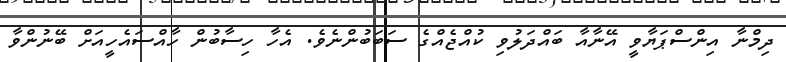
ދިމްނާ އިންސްޕަޔާވީ އޭނާއާ ބައްދަލުވި ކުއްޖެއްގެ ސަބަބުންނެވެ. އެހާ ހިސާބުން ހާއްސައެހީއަށް ބޭނުންވާ